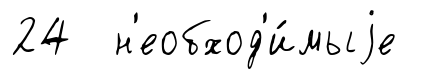
24 н'еобход'и́мыjе